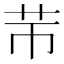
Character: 䒥